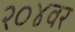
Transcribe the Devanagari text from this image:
२०४वर